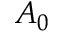
A _ { 0 }